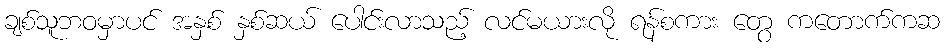
ချစ်သူဘဝမှာပင် အနှစ် နှစ်ဆယ် ပေါင်းလာသည့် လင်မယားလို ရန်စကား တွေ ကတောက်ကဆ